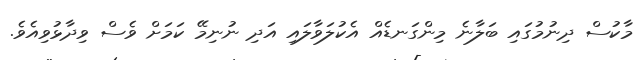
މާކުސް ދިނުމުގައި ބަލާނެ މިންގަނޑެއް އެކުލަވާލައި އަދި ނުނިމޭ ކަމަށް ވެސް ވިދާޅުވިއެވެ.